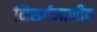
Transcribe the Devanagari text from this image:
निसर्गजाणीव